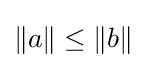
\left\|a\right\|\leq \left\|b\right\|